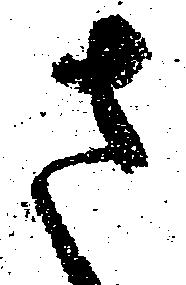
さ